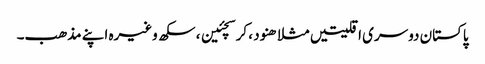
پاکستان دوسری اقلیتیں مثلا ھنود ، کرسچئین ، سکھ وغیرہ اپنے مذھب۔